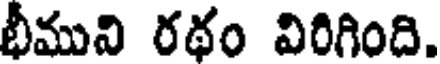
భీమువి రథం విరిగింది.